Civil Veterinary Dept. Bombay admin report 1923-31 - 1923-1931
Year: 1923
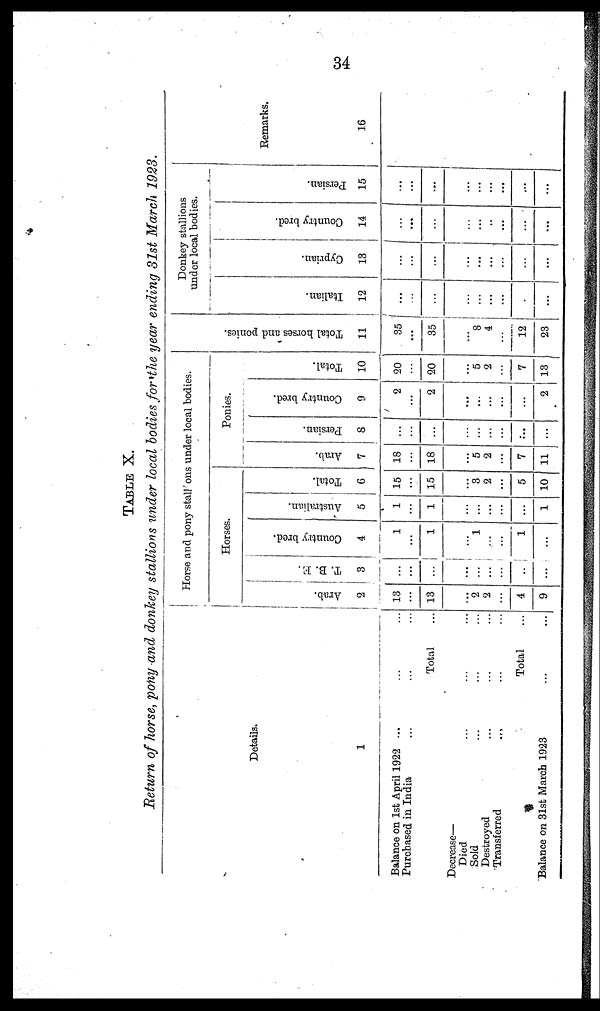
34
TABLE X.
Return of horse, pony and donkey stallions under local bodies for the year ending 31st March 1923.
Details.
1
Balance on 1st April 1922 ... ... ...
Purchased in India ... ... ...
Total ...
Decrease—
Died ... ... ...
Sold ... ... ...
Destroyed ... ... ...
Transferred
...
...
...
Total...
Balance on 31st March 1923 ... ...
Horse and pony stall ons under local bodies.
Horses.
Arab.
2
13
13
...
2
2
...
4
9
T. B. E.
3
...
...
...
...
...
...
...
...
Country bred.
4
1
1
...
1
...
...
1
...
Australian.
5
1
1
...
...
...
...
...
1
Total.
6
15
15
...
3
2
...
5
10
Ponies.
Arab.
7
18
18
...
5
2
...
7
11
Persian.
8
...
...
...
...
...
...
...
...
Country bred.
9
2
2
....
...
...
...
...
2
Total.
10
20
20
...
5
2
...
7
13
Tot al hor s es and ponies.
11
35
...
35
...
8
4
...
12
28
Donkey stallions
under local bodies.
Italian.
12
...
...
...
...
...
...
...
...
...
Cyprian.
13
...
...
...
...
....
...
...
...
...
Count r
y br ed.
14
...
...
...
...
...
...
...
...
Per s i
an.
15
...
...
...
...
...
...
...
...
...
Remarks.
16